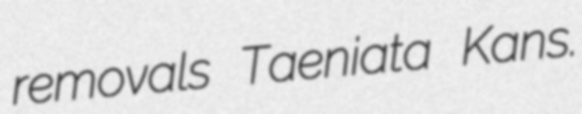
removals Taeniata Kans.